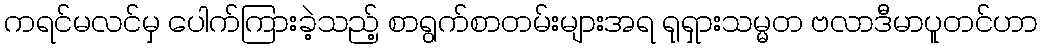
ကရင်မလင်မှ ပေါက်ကြားခဲ့သည့် စာရွက်စာတမ်းများအရ ရုရှားသမ္မတ ဗလာဒီမာပူတင်ဟာ